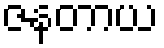
ဇနတာယ